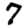
Digit: 7